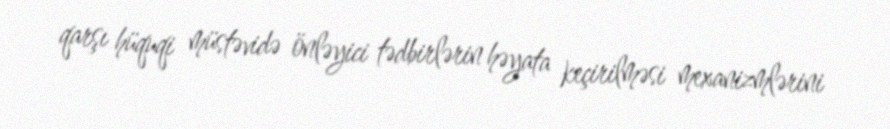
qarşı hüquqi müstəvidə önləyici tədbirlərin həyata keçirilməsi mexanizmlərini